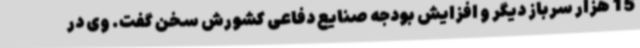
15 هزار سرباز دیگر و افزایش بودجه صنایع دفاعی کشورش سخن گفت. وی در